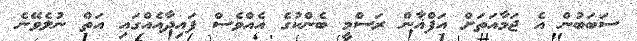
ސަބަބުން އެ ޖަމާއަތަށް އަފްޣާން ރަސްމީ ބެންކުގެ އެއްވެސް ފައިދާއެއްގައި އަތް ނުލެވޭނެ